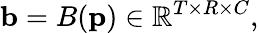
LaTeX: \textbf{b}=B(\textbf{p})\in\mathbb{R}^{T\times R\times C},